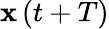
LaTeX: \textbf{x}\left(t+T\right)